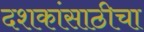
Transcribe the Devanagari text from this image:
दशकांसाठीचा